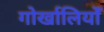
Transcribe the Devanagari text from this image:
गोर्खालियोँ